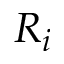
R _ { i }